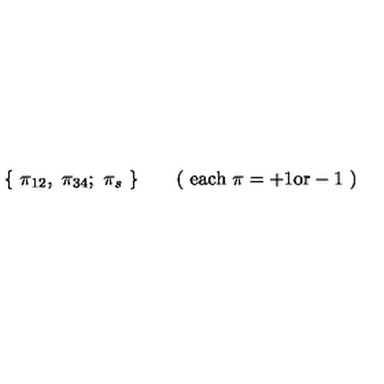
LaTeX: \{ \ \pi _ { 1 2 } , \ \pi _ { 3 4 } ; \ \pi _ { s } \ \} \qquad ( \ \mathrm { e a c h } \ \pi = + 1 \mathrm { o r } - 1 \ )